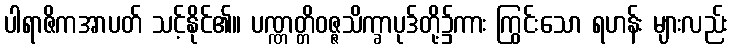
ပါရာဇိကအာပတ် သင့်နိုင်၏။ ပဏ္ဏတ္တိဝဇ္ဇသိက္ခာပုဒ်တို့၌ကား ကြွင်းသော ရဟန်း များလည်း